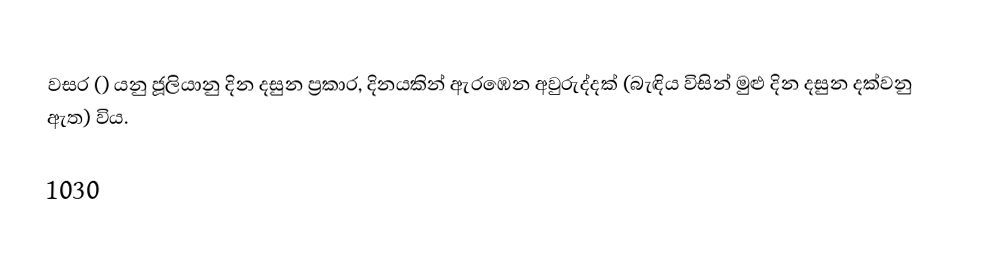

වසර   () යනු ජූලියානු දින දසුන ප්‍රකාර,    දිනයකින් ඇරඹෙන  අවුරුද්දක් (බැඳිය විසින් මුළු දින දසුන දක්වනු ඇත) විය.

1030